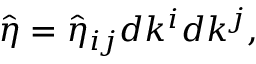
{ \hat { \eta } } = { \hat { \eta } } _ { i j } d k ^ { i } d k ^ { j } ,